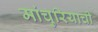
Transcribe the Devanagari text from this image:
मांचुरियाची